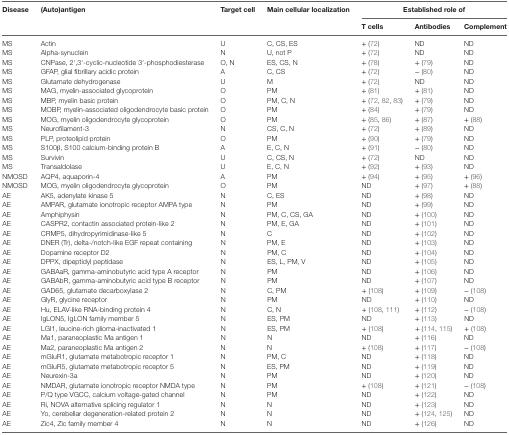
<table><thead><tr><td rowspan="2"><b>Disease</b></td><td rowspan="2"><b>(Auto)antigen</b></td><td rowspan="2"><b>Target cell</b></td><td rowspan="2"><b>Main cellular localization</b></td><td colspan="3"><b>Established role of</b></td></tr><tr><td><b>T cells</b></td><td><b>Antibodies</b></td><td><b>Complement</b></td></tr></thead><tbody><tr><td>MS</td><td>Actin</td><td>U</td><td>C, CS, ES</td><td>+ (72)</td><td>ND</td><td>ND</td></tr><tr><td>MS</td><td>Alpha-synuclein</td><td>N</td><td>U, not P</td><td>+ (72)</td><td>ND</td><td>ND</td></tr><tr><td>MS</td><td>CNPase, 2′,3′-cyclic-nucleotide 3′-phosphodiesterase</td><td>O, N</td><td>ES, CS, N</td><td>+ (78)</td><td>+ (79)</td><td>ND</td></tr><tr><td>MS</td><td>GFAP, glial fibrillary acidic protein</td><td>A</td><td>C, CS</td><td>+ (72)</td><td>− (80)</td><td>ND</td></tr><tr><td>MS</td><td>Glutamate dehydrogenase</td><td>U</td><td>M</td><td>+ (72)</td><td>ND</td><td>ND</td></tr><tr><td>MS</td><td>MAG, myelin-associated glycoprotein</td><td>O</td><td>PM</td><td>+ (81)</td><td>+ (81)</td><td>ND</td></tr><tr><td>MS</td><td>MBP, myelin basic protein</td><td>O</td><td>PM, C, N</td><td>+ (72, 82, 83)</td><td>+ (79)</td><td>ND</td></tr><tr><td>MS</td><td>MOBP, myelin-associated oligodendrocyte basic protein</td><td>O</td><td>PM</td><td>+ (84)</td><td>+ (79)</td><td>ND</td></tr><tr><td>MS</td><td>MOG, myelin oligodendrocyte glycoprotein</td><td>O</td><td>PM</td><td>+ (85, 86)</td><td>+ (87)</td><td>+ (88)</td></tr><tr><td>MS</td><td>Neurofilament-3</td><td>N</td><td>CS, C, N</td><td>+ (72)</td><td>+ (89)</td><td>ND</td></tr><tr><td>MS</td><td>PLP, proteolipid protein</td><td>O</td><td>PM</td><td>+ (90)</td><td>+ (79)</td><td>ND</td></tr><tr><td>MS</td><td>S100β, S100 calcium-binding protein B</td><td>A</td><td>E, C, N</td><td>+ (91)</td><td>− (80)</td><td>ND</td></tr><tr><td>MS</td><td>Survivin</td><td>U</td><td>C, CS, N</td><td>+ (72)</td><td>ND</td><td>ND</td></tr><tr><td>MS</td><td>Transaldolase</td><td>U</td><td>E, C, N</td><td>+ (92)</td><td>+ (93)</td><td>ND</td></tr><tr><td>NMOSD</td><td>AQP4, aquaporin-4</td><td>A</td><td>PM</td><td>+ (94)</td><td>+ (95)</td><td>+ (96)</td></tr><tr><td>NMOSD</td><td>MOG, myelin oligodendrocyte glycoprotein</td><td>O</td><td>PM</td><td>ND</td><td>+ (97)</td><td>+ (88)</td></tr><tr><td>AE</td><td>AK5, adenylate kinase 5</td><td>N</td><td>C, ES</td><td>ND</td><td>+ (98)</td><td>ND</td></tr><tr><td>AE</td><td>AMPAR, glutamate ionotropic receptor AMPA type</td><td>N</td><td>PM</td><td>ND</td><td>+ (99)</td><td>ND</td></tr><tr><td>AE</td><td>Amphiphysin</td><td>N</td><td>PM, C, CS, GA</td><td>ND</td><td>+ (100)</td><td>ND</td></tr><tr><td>AE</td><td>CASPR2, contactin associated protein-like 2</td><td>N</td><td>PM, E, GA</td><td>ND</td><td>+ (101)</td><td>ND</td></tr><tr><td>AE</td><td>CRMP5, dihydropyrimidinase-like 5</td><td>N</td><td>C</td><td>ND</td><td>+ (102)</td><td>ND</td></tr><tr><td>AE</td><td>DNER (Tr), delta-/notch-like EGF repeat containing</td><td>N</td><td>PM, E</td><td>ND</td><td>+ (103)</td><td>ND</td></tr><tr><td>AE</td><td>Dopamine receptor D2</td><td>N</td><td>PM, C</td><td>ND</td><td>+ (104)</td><td>ND</td></tr><tr><td>AE</td><td>DPPX, dipeptidyl peptidase</td><td>N</td><td>ES, L, PM, V</td><td>ND</td><td>+ (105)</td><td>ND</td></tr><tr><td>AE</td><td>GABAaR, gamma-aminobutyric acid type A receptor</td><td>N</td><td>PM</td><td>ND</td><td>+ (106)</td><td>ND</td></tr><tr><td>AE</td><td>GABAbR, gamma-aminobutyric acid type B receptor</td><td>N</td><td>PM</td><td>ND</td><td>+ (107)</td><td>ND</td></tr><tr><td>AE</td><td>GAD65, glutamate decarboxylase 2</td><td>N</td><td>C, PM</td><td>+ (108)</td><td>+ (109)</td><td>− (108)</td></tr><tr><td>AE</td><td>GlyR, glycine receptor</td><td>N</td><td>PM</td><td>ND</td><td>+ (110)</td><td>ND</td></tr><tr><td>AE</td><td>Hu, ELAV-like RNA-binding protein 4</td><td>N</td><td>C, N</td><td>+ (108, 111)</td><td>+ (112)</td><td>− (108)</td></tr><tr><td>AE</td><td>IgLON5, IgLON family member 5</td><td>N</td><td>ES, PM</td><td>ND</td><td>+ (113)</td><td>ND</td></tr><tr><td>AE</td><td>LGI1, leucine-rich glioma-inactivated 1</td><td>N</td><td>ES, PM</td><td>+ (108)</td><td>+ (114, 115)</td><td>+ (108)</td></tr><tr><td>AE</td><td>Ma1, paraneoplastic Ma antigen 1</td><td>N</td><td>N</td><td>ND</td><td>+ (116)</td><td>ND</td></tr><tr><td>AE</td><td>Ma2, paraneoplastic Ma antigen 2</td><td>N</td><td>N</td><td>+ (108)</td><td>+ (117)</td><td>− (108)</td></tr><tr><td>AE</td><td>mGluR1, glutamate metabotropic receptor 1</td><td>N</td><td>PM, C</td><td>ND</td><td>+ (118)</td><td>ND</td></tr><tr><td>AE</td><td>mGluR5, glutamate metabotropic receptor 5</td><td>N</td><td>ES, PM</td><td>ND</td><td>+ (119)</td><td>ND</td></tr><tr><td>AE</td><td>Neurexin-3a</td><td>N</td><td>PM</td><td>ND</td><td>+ (120)</td><td>ND</td></tr><tr><td>AE</td><td>NMDAR, glutamate ionotropic receptor NMDA type</td><td>N</td><td>PM</td><td>+ (108)</td><td>+ (121)</td><td>− (108)</td></tr><tr><td>AE</td><td>P/Q type VGCC, calcium voltage-gated channel</td><td>N</td><td>PM</td><td>ND</td><td>+ (122)</td><td>ND</td></tr><tr><td>AE</td><td>Ri, NOVA alternative splicing regulator 1</td><td>N</td><td>N</td><td>ND</td><td>+ (123)</td><td>ND</td></tr><tr><td>AE</td><td>Yo, cerebellar degeneration-related protein 2</td><td>N</td><td>N</td><td>ND</td><td>+ (124, 125)</td><td>ND</td></tr><tr><td>AE</td><td>Zic4, Zic family member 4</td><td>N</td><td>N</td><td>ND</td><td>+ (126)</td><td>ND</td></tr></tbody></table>